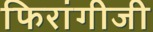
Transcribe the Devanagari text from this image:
फिरांगीजी